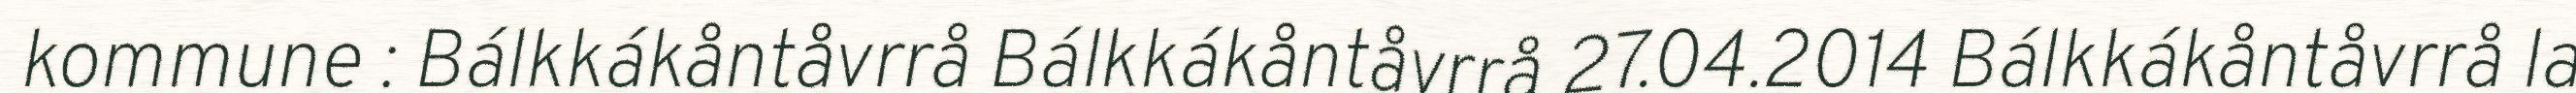
kommune : Bálkkákåntåvrrå Bálkkákåntåvrrå 27.04.2014 Bálkkákåntåvrrå la